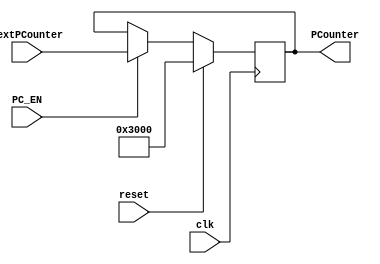
`timescale 1ns / 1ps
//////////////////////////////////////////////////////////////////////////////////
// Company: 
// 
// Design Name: 
// Module Name:    PC 
// Project Name: 
// Target Devices: 
// Tool versions: 
// Description: 
//
// Dependencies: 
//
// Revision: 
// Revision 0.01 - File Created
// Additional Comments: 
//
//////////////////////////////////////////////////////////////////////////////////
module PC(
	input clk,
	input reset,
	input PC_EN,
	input [31:0] nextPCounter,
	
	output reg [31:0] PCounter
    );
	
	initial begin
		PCounter=32'h00003000;
	end

	always@(posedge clk) begin
		if(reset)
			PCounter<=32'h00003000;
		else if(PC_EN)
			PCounter<=nextPCounter;
		else
			PCounter<=PCounter;
	end
	
endmodule